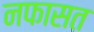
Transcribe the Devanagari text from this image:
नफासत